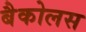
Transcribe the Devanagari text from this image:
बैकोलस